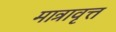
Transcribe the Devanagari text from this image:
मात्रावृत्त